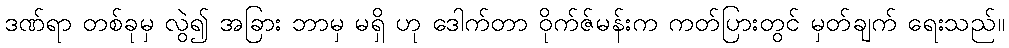
ဒဏ်ရာ တစ်ခုမှ လွဲ၍ အခြား ဘာမှ မရှိ ဟု ဒေါက်တာ ဝိုက်ဇ်မန်းက ကတ်ပြားတွင် မှတ်ချက် ရေးသည်။